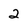
Character: 2